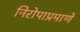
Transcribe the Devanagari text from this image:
निरोपाप्रमाणे